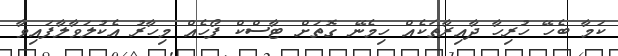
ކަމާ ބެހޭ ހުރިހާ ދާއިރާތަކެއް ހިމެނޭ ގޮތަށް ޓާސްކް ފޯހެއް މިހާރު އެކުލަވާލާފައިވާ